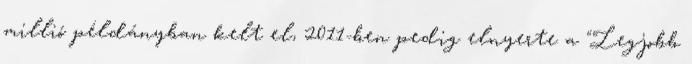
millió példányban kelt el, 2011-ben pedig elnyerte a "Legjobb